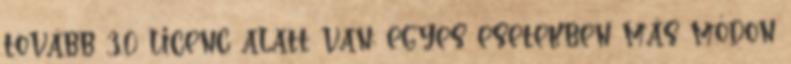
tovább 3.0 licenc alatt van; egyes esetekben más módon